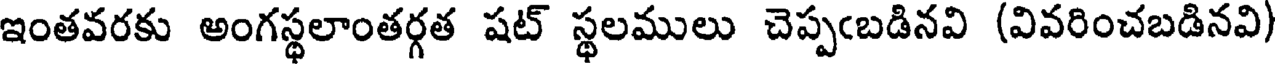
ఇంతవరకు అంగస్థలాంతర్గత షట్ స్థలములు చెప్పఁబడినవి (వివరించబడినవి)